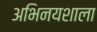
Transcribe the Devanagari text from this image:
अभिनयशाला